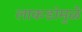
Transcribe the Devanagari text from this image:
लाकडांमुळे